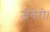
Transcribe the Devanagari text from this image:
जेनेरो।